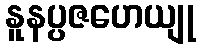
နူနပ္ပဇဟေယျု